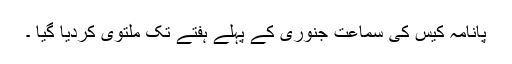
پانامہ کیس کی سماعت جنوری کے پہلے ہفتے تک ملتوی کردیا گیا ۔